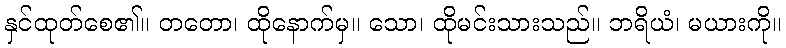
နှင်ထုတ်စေ၏။ တတော၊ ထိုနောက်မှ။ သော၊ ထိုမင်းသားသည်။ ဘရိယံ၊ မယားကို။